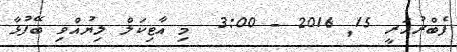
ފެބްރުއަރީ 15